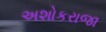
અશોકરાજા